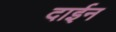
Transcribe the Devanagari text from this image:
दाईन